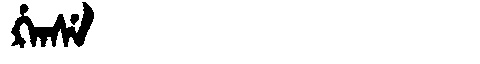
Manchu: ᡤ᠋ᠠᠨᠰᡝ
Romanization: G'ANSE